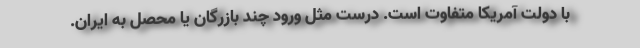
با دولت آمریکا متفاوت است. درست مثل ورود چند بازرگان یا محصل به ایران.